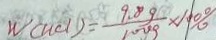
W ( H C l ) = \frac { 9 . 8 g } { 1 0 0 g } \times 1 0 0 \%